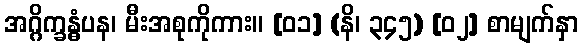
အဂ္ဂိက္ခန္ဓံပန၊ မီးအစုကိုကား။ [၀၁] (နိ၊ ၃၄၅) [၀၂] စာမျက်နှာ